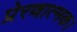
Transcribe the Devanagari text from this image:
प्रेरणात्मक।